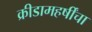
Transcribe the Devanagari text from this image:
क्रीडामहर्षींचा